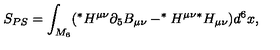
S _ { P S } = \int _ { M _ { 6 } } ( ^ { * } H ^ { \mu \nu } \partial _ { 5 } B _ { \mu \nu } - ^ { * } H ^ { \mu \nu } { } ^ { * } H _ { \mu \nu } ) d ^ { 6 } x ,